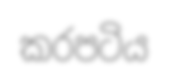
කරපටිය